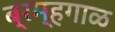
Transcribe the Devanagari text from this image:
ब्रम्हगाळ